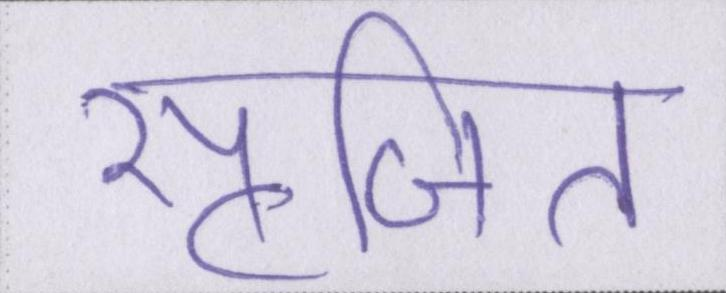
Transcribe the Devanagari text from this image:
सृजित